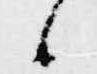
候